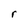
Character: r